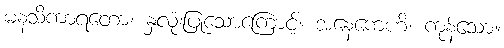
မနသိကာရတော၊ နှလုံးပြုသောကြောင့်။ အနေကေဟိ၊ ကုန်သော။